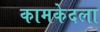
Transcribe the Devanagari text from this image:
कामकेदला